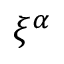
\xi ^ { \alpha }